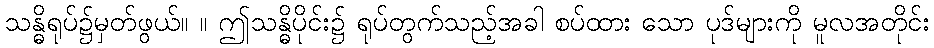
သန္ဓိရုပ်၌မှတ်ဖွယ်။ ။ ဤသန္ဓိပိုင်း၌ ရုပ်တွက်သည့်အခါ စပ်ထား သော ပုဒ်များကို မူလအတိုင်း